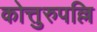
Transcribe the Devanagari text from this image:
कोत्तुरुपल्लि